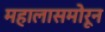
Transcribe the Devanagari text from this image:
महालासमोरून